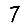
Digit: 7